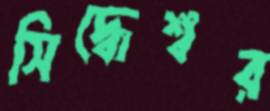
সিদ্ধেশ্বর